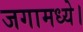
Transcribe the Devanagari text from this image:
जगामध्ये।